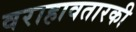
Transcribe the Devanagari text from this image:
वराहावतारकी